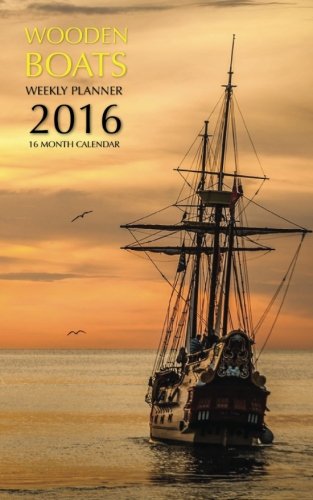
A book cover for Wooden Boats Weekly Planner 2016: 16 Month Calendar; Jack Smith; Calendars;